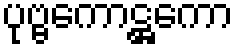
ပုဗ္ဗကောဋ္ဌကော